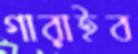
গারাইব